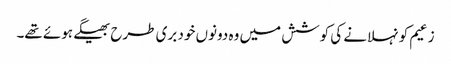
زعیم کو نہلانے کی کوشش میں وہ دونوں خود بری طرح بھیگے ہوئے تھے۔